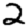
Digit: 2